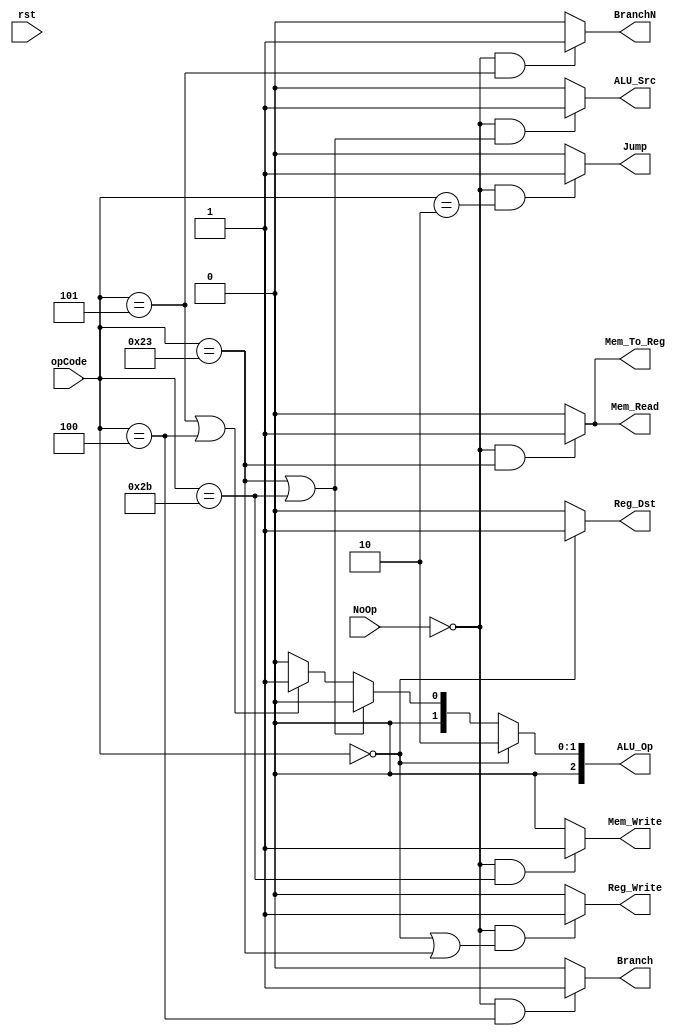
`timescale 1ns / 1ns
module CU(rst, opCode, Reg_Dst, Branch, Mem_Read, Mem_Write, Mem_To_Reg, Jump, ALU_Src, ALU_Op, Reg_Write, BranchN, NoOp);
    input [5:0] opCode;
    input rst, NoOp;
    output Reg_Dst, Branch, Mem_Read, Mem_Write, Mem_To_Reg, Jump, ALU_Src, Reg_Write, BranchN;
    output [2:0] ALU_Op;

    assign Reg_Write = (NoOp == 0 && (opCode == 6'b0 || opCode == 6'b100011)) ? 1:0;
    assign Mem_Read = (NoOp == 0 && (opCode == 6'b100011)) ? 1:0;
    assign Mem_Write = (NoOp == 0 && (opCode == 6'b101011)) ? 1:0;
    assign Jump = (NoOp == 0 && (opCode == 6'b000010)) ? 1:0;
    assign Branch = (NoOp == 0 && (opCode == 6'b000100)) ? 1:0;
    assign BranchN = (NoOp == 0 && (opCode == 6'b000101)) ? 1:0;
    assign Mem_To_Reg = (NoOp == 0 && (opCode == 6'b100011)) ? 1:0;
    assign ALU_Src = (NoOp == 0 && (opCode == 6'b100011 || opCode == 6'b101011)) ? 1:0;
    //assign ldPC = (rst == 1) ? 0 : 1;
    assign Reg_Dst = (opCode == 6'b0) ? 1 : 0;


  //  assign PCSrc = (opCode == 6'b000010 || opCode == 6'b000100 || opCode == 6'b000101 || (opCode == 6'b000000 && func == 6'b100000))? 1:0;

    assign ALU_Op = (opCode == 6'b0)? 2'b10 : //Rtype
                    (opCode == 6'b100011 || opCode == 6'b101011) ? 2'b00: // lw sw
                    (opCode == 6'b000101 || opCode == 6'b000100) ? 2'b01: 2'b00; // beq bnq




endmodule // CU